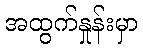
အထွက်နှုန်းမှာ